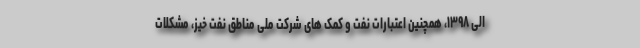
الی ۱۳۹۸، همچنین اعتبارات نفت و کمک های شرکت ملی مناطق نفت خیز، مشکلات